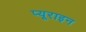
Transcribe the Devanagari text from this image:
प्यूराइन